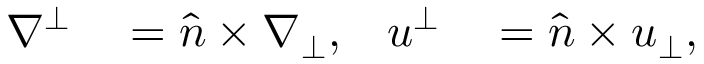
\begin{array} { r l r l } { \nabla ^ { \bot } } & { { } = \widehat { n } \times \nabla _ { \bot } , } & { u ^ { \bot } } & { { } = \widehat { n } \times u _ { \bot } , } \end{array}